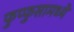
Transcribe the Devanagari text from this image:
फुप्फुसामध्ये